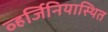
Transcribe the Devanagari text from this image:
व्हर्जिनियास्थित